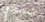
تستخدمي